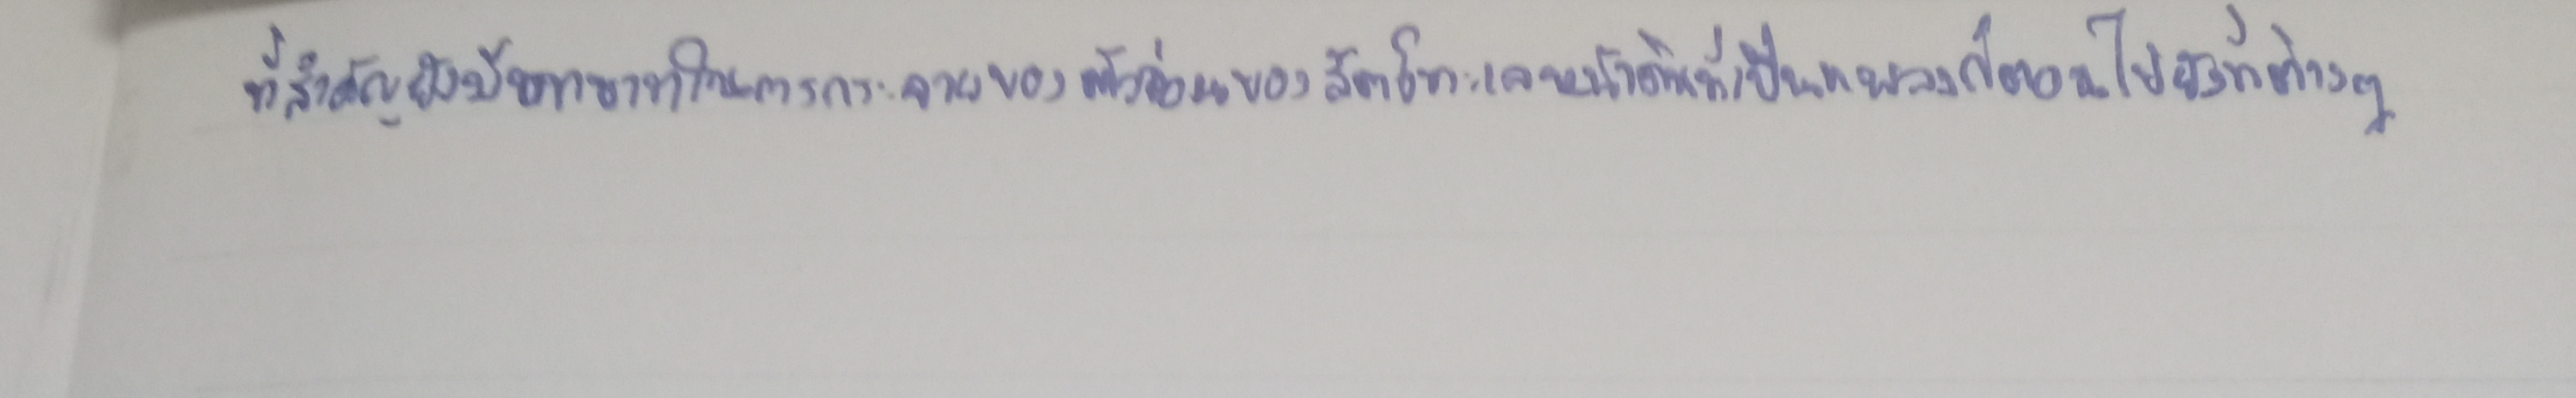
ที่สำคัญยังมีบทบาทในการกระจายของตัวอ่อนของสัตว์ทะเลหน้าดินที่เป็นแพลงก์ตอนไปยังที่ต่างๆ